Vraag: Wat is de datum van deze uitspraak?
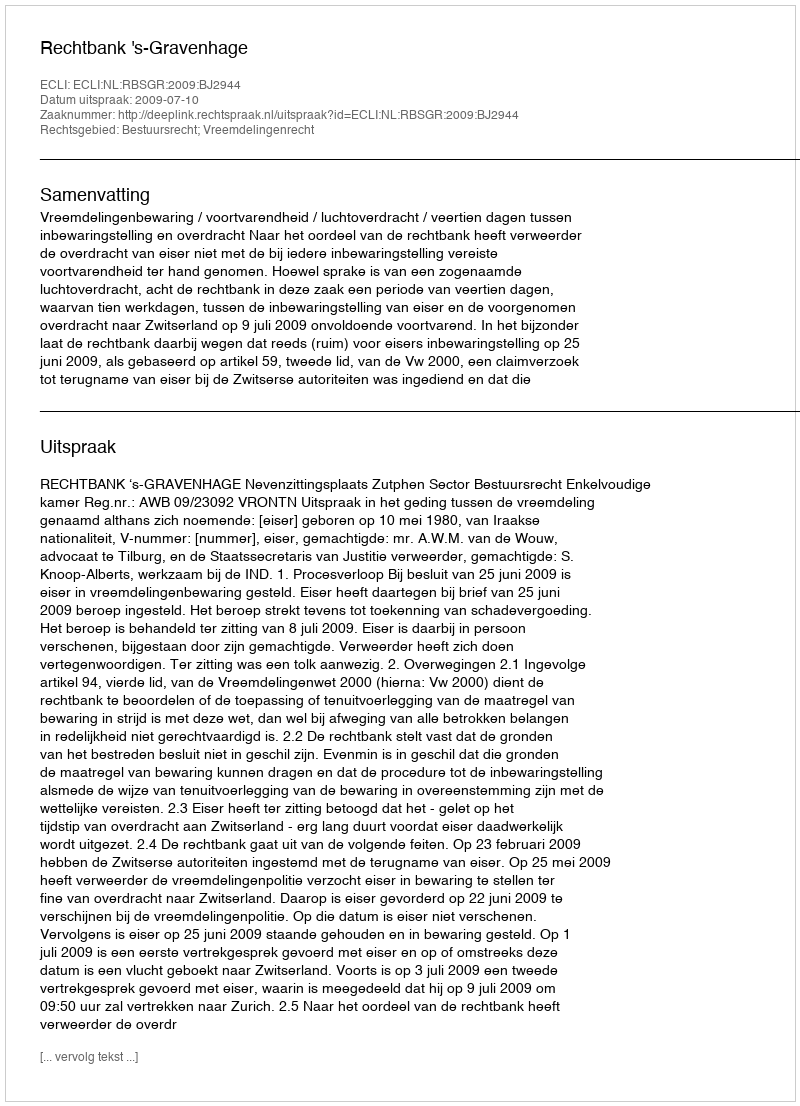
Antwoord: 2009-07-10